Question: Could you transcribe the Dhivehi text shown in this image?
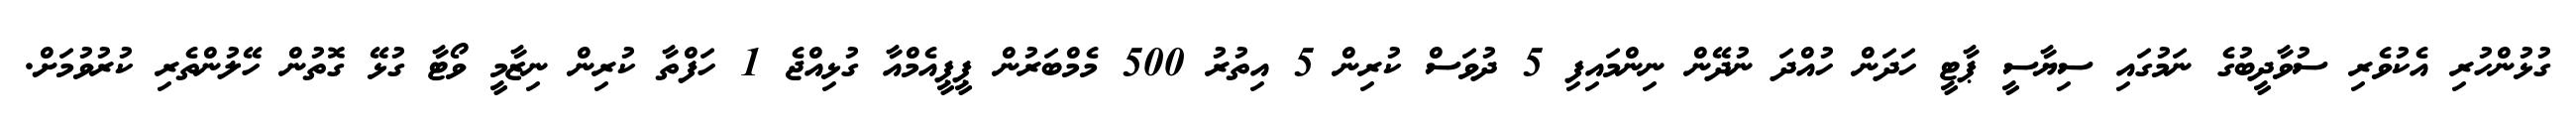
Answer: ގުޅުންހުރި އެކުވެރި ސުވާދީބުގެ ނަމުގައި ސިޔާސީ ޕާޓީ ހަދަން ހުއްދަ ނުދޭން ނިންމައިފި 5 ދުވަސް ކުރިން 5 އިތުރު 500 މެމްބަރުން ޕީޕީއެމްއާ ގުޅިއްޖެ 1 ހަފްތާ ކުރިން ނިޒާމީ ވޯޓާ ގުޅޭ ގޮތުން ހޭލުންތެރި ކުރުވުމަށް.